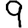
Digit: 9